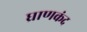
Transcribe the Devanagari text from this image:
घ्राणकंद